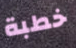
خطبة